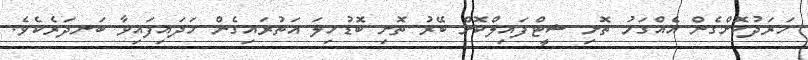
ޚަރަދުކޮށްގެން އެއްގަމު ތޮށި ޝީޓްފައިލްކޮށް ބޭރު ތޮށި ބޮޑުހިލަ އަތުރައިގެން ހަދައިފައިވާ ބަނދަރެކެވެ.